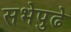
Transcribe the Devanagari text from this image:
सभेपुढे